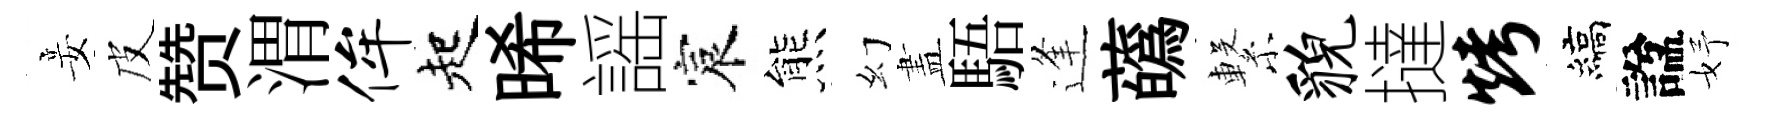
妾皮赞渭侔起晞謡宸熊幻𥁞䮏逢蘤繋貌撻烤縞諡妤